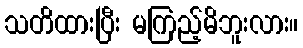
သတိထားပြီး မကြည့်မိဘူးလား။